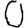
Digit: 0